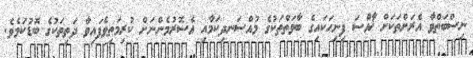
ނިސްބަތްވާ އެރަށްތަކަށް ޚާއްސަ ފިނިހަކައިގެ ބާވަތްތަކުގެ މުއްސަނދިކަމާއި އެސޮރުމެންނަށް ކުރިމަތިވެފައިވާ ދަތިތަކުގެ ބޮޑުކަމެވެ.